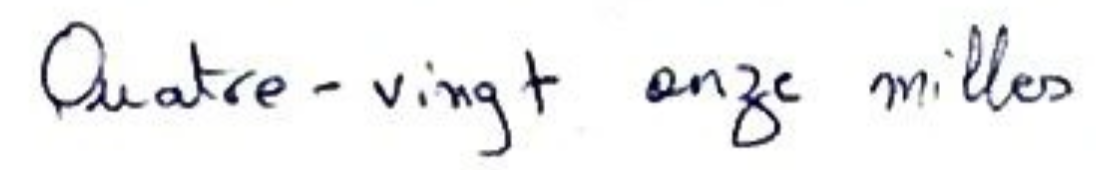
Quatre-vingt onze milles